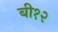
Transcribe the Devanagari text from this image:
बी१२